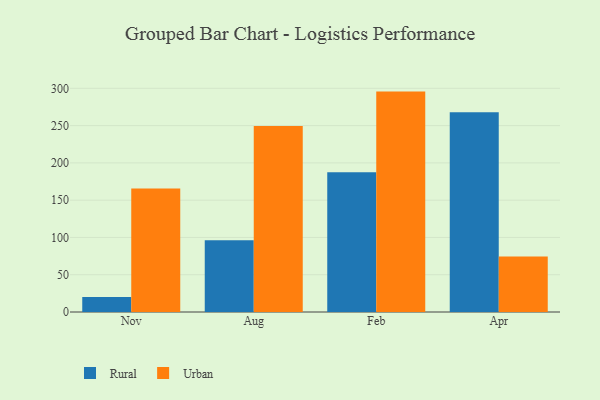
{"axis": {"x": "Month", "y": "Production Output"}, "legend": ["Rural", "Urban"], "data": [{"x": "Nov", "y": 20.0, "type": "Rural"}, {"x": "Nov", "y": 165.8, "type": "Urban"}, {"x": "Aug", "y": 96.3, "type": "Rural"}, {"x": "Aug", "y": 249.4, "type": "Urban"}, {"x": "Feb", "y": 187.3, "type": "Rural"}, {"x": "Feb", "y": 295.6, "type": "Urban"}, {"x": "Apr", "y": 267.9, "type": "Rural"}, {"x": "Apr", "y": 74.6, "type": "Urban"}]}